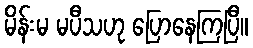
မိန်းမ မပီသဟု ပြောနေကြပြီ။